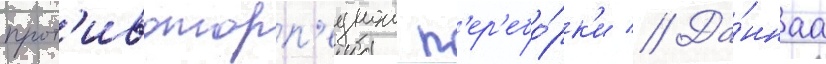
прот'ивоторп'еднои п'ер'ебо́рк'и // Да́ннаа